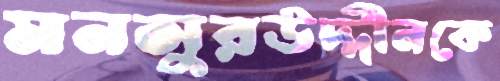
মনসুরউদ্দীনকে